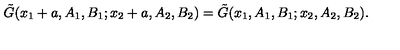
\tilde { G } ( x _ { 1 } + a , A _ { 1 } , B _ { 1 } ; x _ { 2 } + a , A _ { 2 } , B _ { 2 } ) = \tilde { G } ( x _ { 1 } , A _ { 1 } , B _ { 1 } ; x _ { 2 } , A _ { 2 } , B _ { 2 } ) .